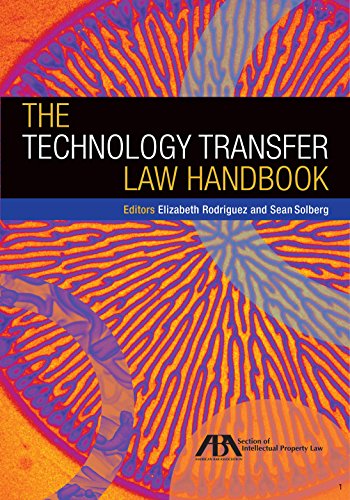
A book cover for The Technology Transfer Law Handbook; Law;